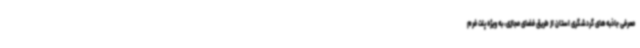
معرفی جاذبه‌های گردشگری استان از طریق فضای مجازی، به ویژه پلت فرم